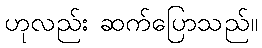
ဟုလည်း ဆက်ပြောသည်။